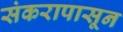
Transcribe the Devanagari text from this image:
संकरापासून